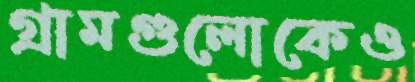
গ্রামগুলোকেও